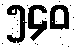
၅၄၀